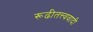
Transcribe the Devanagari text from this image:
रूढीतत्त्ववादी